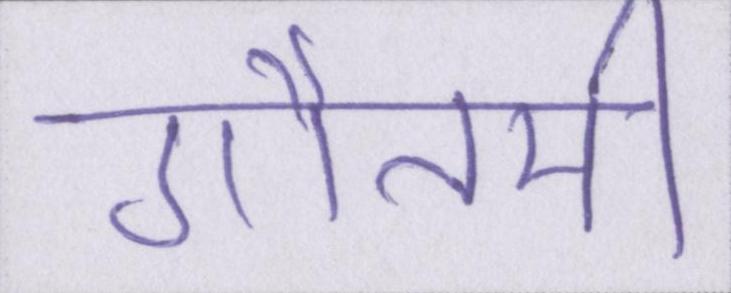
गौतमी